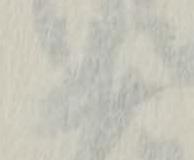
井